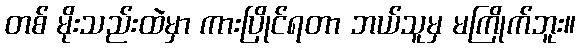
တစ် မိုးသည်းထဲမှာ ကားပြိုင်ရတာ ဘယ်သူမှ မကြိုက်ဘူး။